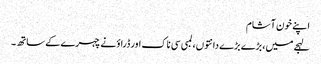
اپنے خون آشام
لہجے میں، بڑے بڑے دانتوں، لمبی سی ناک اور ڈراؤنے چہرے کے ساتھ۔